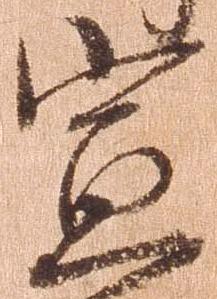
宣